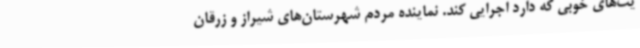
یت‌های خوبی که دارد اجرایی کند. نماینده مردم شهرستان‌های شیراز و زرقان